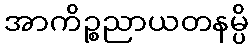
အာကိဉ္စညာယတနမ္ပိ